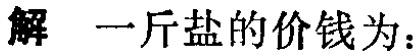
解 一斤盐的价钱为：